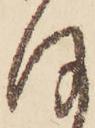
ほ